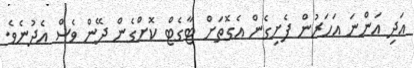
އަދި އަންނަ އަހަރުން ފެށިގެން އެގޮތަށް ޓާގެޓް ކޮށްގެން ދޭން ވެސް އެދުނެވެ.